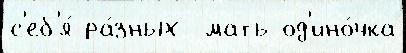
с'еб'я́ ра́зных  мать-од'ино́чка